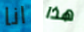
انا هذا